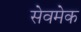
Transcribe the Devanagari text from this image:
सेवमेक